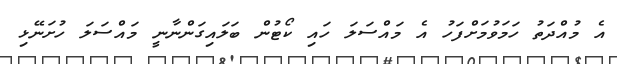
އެ މުއްދަތު ހަމަވުމަށްފަހު އެ މައްސަލަ ހައި ކޯޓުން ބަލައިގަންނާނީ މައްސަލަ ހުށަނޭޅި